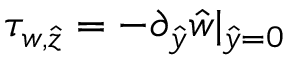
\tau _ { w , \hat { z } } = - \partial _ { \hat { y } } \hat { w } | _ { \hat { y } = 0 }